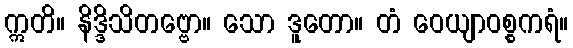
ဣတိ။ နိဒ္ဒိသိတဗ္ဗော။ သော ဒူတော။ တံ ဝေယျာဝစ္စကရံ။